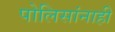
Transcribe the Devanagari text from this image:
पोलिसांनाही